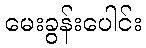
မေးခွန်းပေါင်း